Mental hospitals Bombay report 1929-33 - 1929-1933
Year: 1929
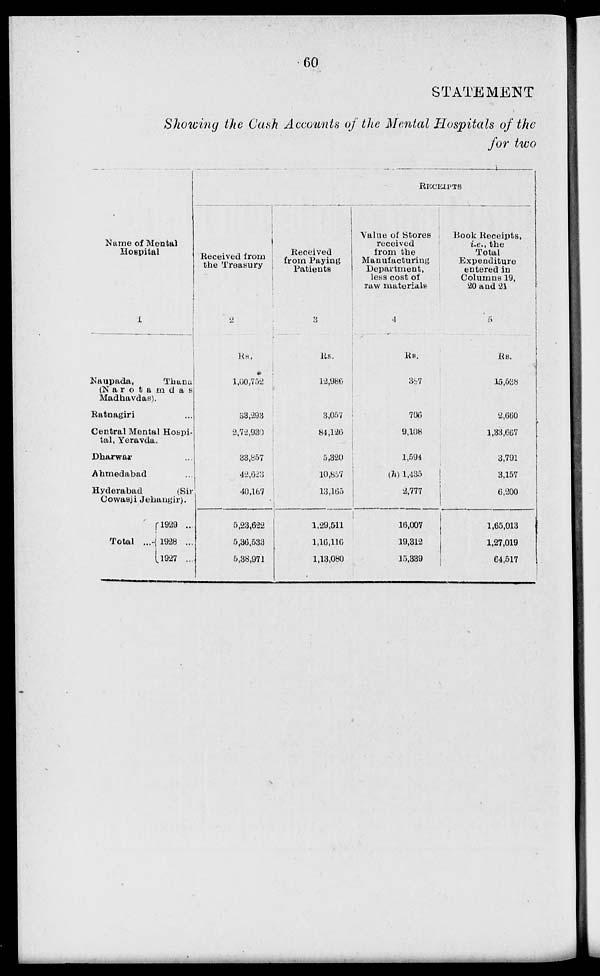
60
STATEMENT
Showing the Cash Accounts of the Mental Hospitals of the
for two
Name of Mental
Hospital
1
Naupada,
Thana
(Narotamdas
Madhavdas).
Ratnagiri ...
Central Mental Hospi-
tal, Yeravda.
Dharwar ...
Ahmedabad ...
Hyderabad
(Sir
Cowasji Jehangir).
Total ...
1929 ...
1928 ...
1927 ...
Received from
the Treasury
2
Rs.
1,60,752
33,293
2,72,930
33,857
42,023
40,167
5,23,622
5,36,533
5,38,971
Received
from Paying
Patients
3
Rs.
12,986
3,057
84,120
5,320
10,857
13,105
1,29,511
1,16,116
1,13,080
RECEIPTS
Value of Stores
received
from the
Manufacturing
Department,
leas cost of
raw materials
4
Rs.
387
706
9,108
1,594
(h)1,435
2,777
16,007
19,312
15,339
Book Receipts,
i.e., the
Total
Expenditure
entered in
Columns 19,
20 and 21
5
Rs.
15,538
2,660
1,33,667
3,791
3,157
6,200
1,65,013
1,27,019
64,517